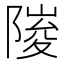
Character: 𮥘